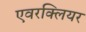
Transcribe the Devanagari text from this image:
एवरक्लियर